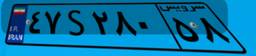
۴۷S۲۸۰۵۸